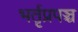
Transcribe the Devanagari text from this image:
भर्तृप्रपञ्च